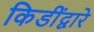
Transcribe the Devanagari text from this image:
किडींद्वारे